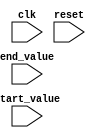
module dynamic_range_loop (
    input [7:0] start_value,
    input [7:0] end_value,
    input clk,
    input reset
);

reg [7:0] current_value;
reg [7:0] loop_counter;

always @(posedge clk or posedge reset) begin
    if (reset) begin
        current_value <= start_value;
        loop_counter <= 0;
    end else begin
        if (current_value != end_value) begin
            current_value <= current_value + 1;
            loop_counter <= loop_counter + 1;
        end else begin
            current_value <= start_value;
            loop_counter <= 0;
        end
    end
end

endmodule